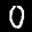
Label: 0